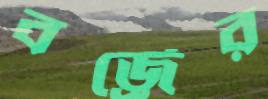
বর্জ্রের